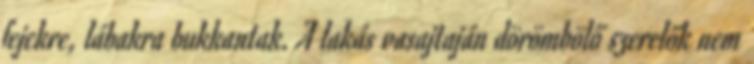
fejekre, lábakra bukkantak. A lakás vasajtaján dörömbölő szerelők nem